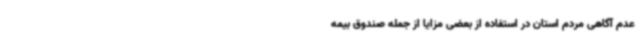
عدم آگاهی مردم استان در استفاده از بعضی مزایا از جمله صندوق بیمه